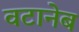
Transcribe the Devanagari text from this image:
वटानेब